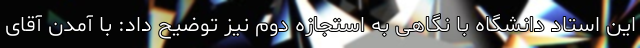
این استاد دانشگاه با نگاهی به استجازه دوم نیز توضیح داد: با آمدن آقای